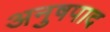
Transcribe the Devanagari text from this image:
अनुषपाद